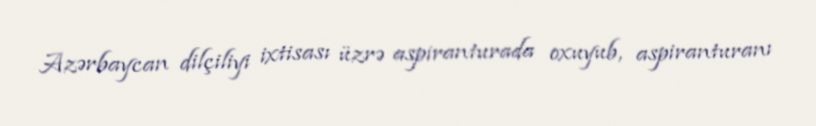
Azərbaycan dilçiliyi ixtisası üzrə aspiranturada oxuyub, aspiranturanı